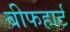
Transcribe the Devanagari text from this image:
बीफहार्ट